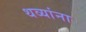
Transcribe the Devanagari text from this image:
थव्यांना